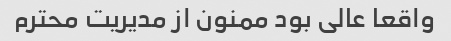
واقعا عالی بود ممنون از مدیریت محترم